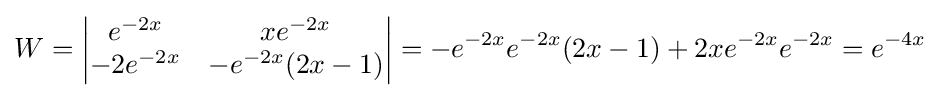
W={\begin{vmatrix}e^{-2x}&xe^{-2x}\\-2e^{-2x}&-e^{-2x}(2x-1)\\\end{vmatrix}}=-e^{-2x}e^{-2x}(2x-1)+2xe^{-2x}e^{-2x}=e^{-4x}